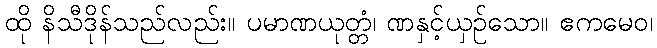
ထို နိသီဒိုန်သည်လည်း။ ပမာဏယုတ္တံ၊ ဏနှင့်ယှဉ်သော။ ဧကမေဝ၊